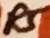
Text: R5